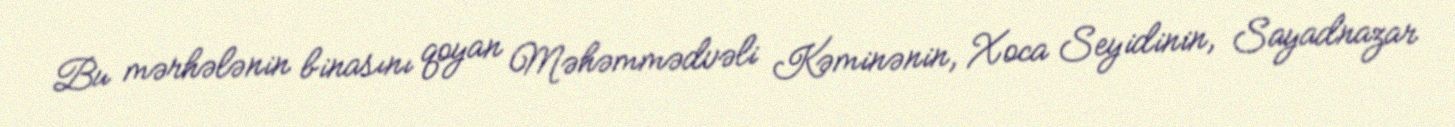
Bu mərhələnin binasını qoyan Məhəmmədvəli Kəminənin, Xoca Seyidinin, Sayadnazar